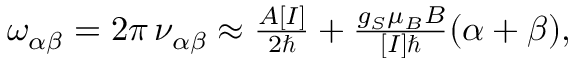
\begin{array} { r } { \omega _ { \alpha \beta } = 2 \pi \, \nu _ { \alpha \beta } \approx \frac { A [ I ] } { 2 \hbar } + \frac { g _ { S } \mu _ { B } B } { [ I ] \hbar } ( \alpha + \beta ) , } \end{array}